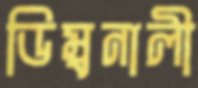
ডিম্বনালী